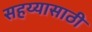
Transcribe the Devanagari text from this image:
सहय्यासाठी